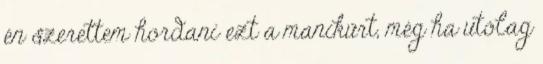
én szerettem hordani ezt a manikűrt, még ha utólag